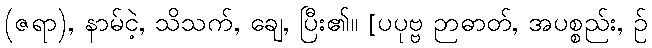
(ဇရာ), နာမ်ငဲ့, သိသက်, ချေ, ပြီး၏။ [ပပုဗ္ဗ ဉာဓာတ်, အပစ္စည်း, ဉ်